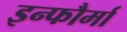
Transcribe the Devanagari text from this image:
इन्फौर्मा